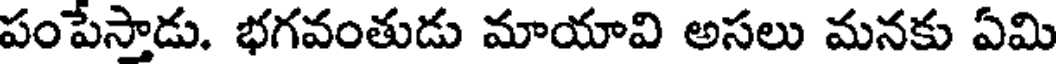
పంపేస్తాడు. భగవంతుడు మాయావి అసలు మనకు ఏమి